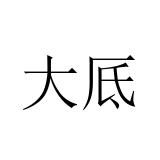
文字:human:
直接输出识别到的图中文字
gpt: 大厎